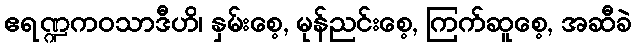
ဧရဏ္ဍကဝသာဒီဟိ၊ နှမ်းစေ့, မုန်ညင်းစေ့, ကြက်ဆူစေ့, အဆီခဲ